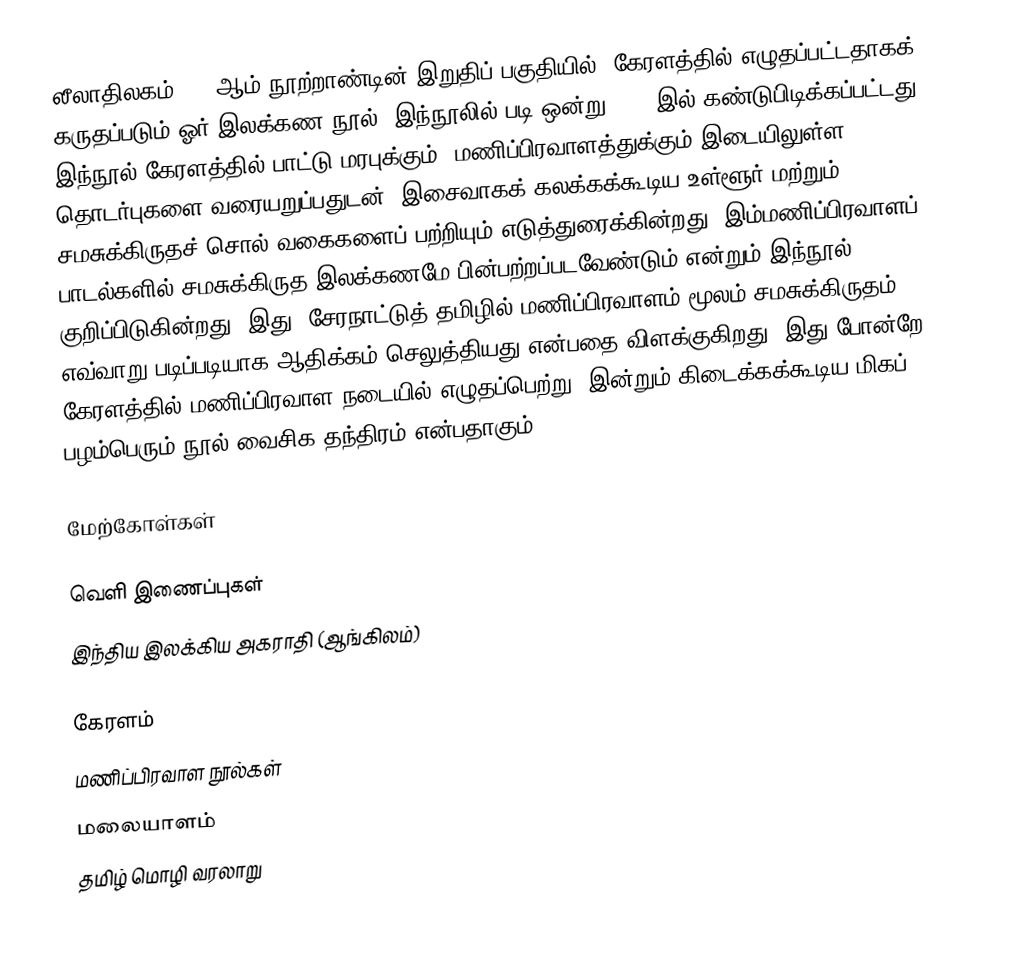
லீலாதிலகம், 14 ஆம் நூற்றாண்டின் இறுதிப் பகுதியில், கேரளத்தில் எழுதப்பட்டதாகக் கருதப்படும் ஓர் இலக்கண நூல். இந்நூலில் படி ஒன்று 1908 இல் கண்டுபிடிக்கப்பட்டது. இந்நூல் கேரளத்தில் பாட்டு மரபுக்கும், மணிப்பிரவாளத்துக்கும் இடையிலுள்ள தொடர்புகளை வரையறுப்பதுடன், இசைவாகக் கலக்கக்கூடிய உள்ளூர் மற்றும் சமசுக்கிருதச் சொல் வகைகளைப் பற்றியும் எடுத்துரைக்கின்றது. இம்மணிப்பிரவாளப் பாடல்களில் சமசுக்கிருத இலக்கணமே பின்பற்றப்படவேண்டும் என்றும் இந்நூல் குறிப்பிடுகின்றது. இது, சேரநாட்டுத் தமிழில் மணிப்பிரவாளம் மூலம் சமசுக்கிருதம் எவ்வாறு படிப்படியாக ஆதிக்கம் செலுத்தியது என்பதை விளக்குகிறது. இது போன்றே கேரளத்தில் மணிப்பிரவாள நடையில் எழுதப்பெற்று, இன்றும் கிடைக்கக்கூடிய மிகப் பழம்பெரும் நூல் வைசிக தந்திரம் என்பதாகும்.

மேற்கோள்கள்

வெளி இணைப்புகள்
இந்திய இலக்கிய அகராதி (ஆங்கிலம்)

கேரளம்
மணிப்பிரவாள நூல்கள்
மலையாளம்
தமிழ் மொழி வரலாறு